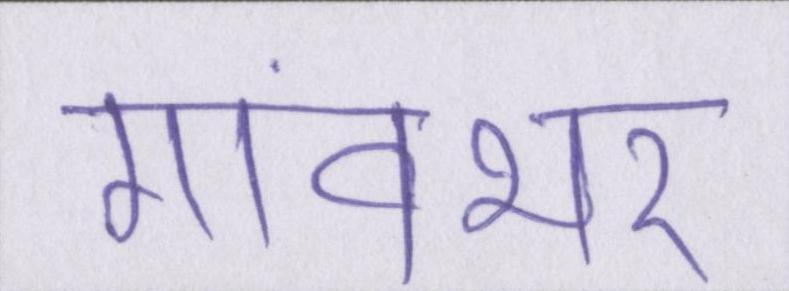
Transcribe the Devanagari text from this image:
गांवभर